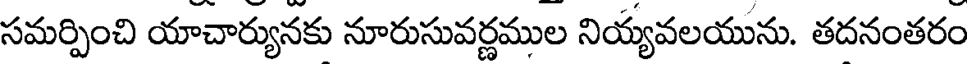
సమర్పించి యాచార్యునకు నూరుసువర్ణముల నియ్యవలయును. తదనంతరం